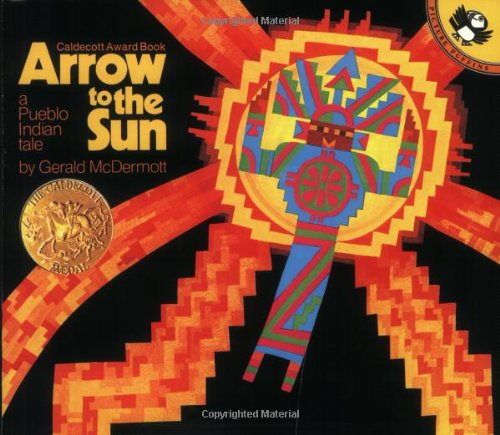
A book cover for Arrow to the Sun: A Pueblo Indian Tale; Gerald McDermott; Children's Books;